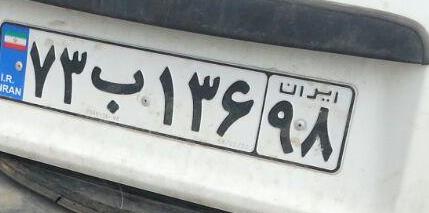
۷۳ب۱۳۶۹۸